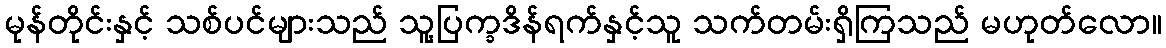
မုန်တိုင်းနှင့် သစ်ပင်များသည် သူ့ပြက္ခဒိန်ရက်နှင့်သူ သက်တမ်းရှိကြသည် မဟုတ်လော။